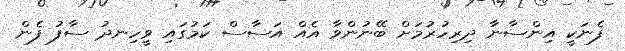
ފެނަކީ އިންސާނާ ދިރިހުރުމަށް ބޭނުންވާ އެއް އަސާސް ކަމުގައި ވީހިނދު ސާފު ފެން